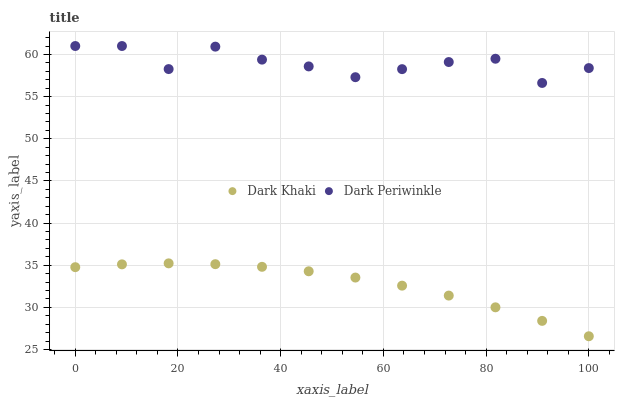
| xaxis_label | Dark Khaki | Dark Periwinkle |
 | --- | --- | --- |
 | 0 | 34.8 | 61 |
 | 9.09 | 35.1 | 61 |
 | 18.2 | 35.2 | 58.3 |
 | 27.3 | 35.1 | 60.9 |
 | 36.4 | 34.8 | 59.4 |
 | 45.5 | 34.3 | 58.6 |
 | 54.5 | 33.5 | 57.3 |
 | 63.6 | 32.6 | 58.3 |
 | 72.7 | 31.4 | 59.1 |
 | 81.8 | 30 | 59.5 |
 | 90.9 | 28.4 | 56.6 |
 | 100 | 26.6 | 58.4 |